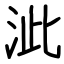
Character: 泚